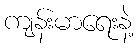
ကျန်းမာရေးနဲ့